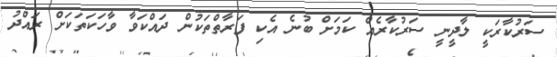
ސަރުކާރަކީ ލާދީނީ ސަރުކާރެއް ކަމަށް ބުނެ އެކި ފަރާތްތަކުން ދައްކަވާ ވާހަކަތަކަށް ރައްދު